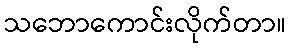
သဘောကောင်းလိုက်တာ။